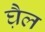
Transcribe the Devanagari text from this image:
घ़ैल